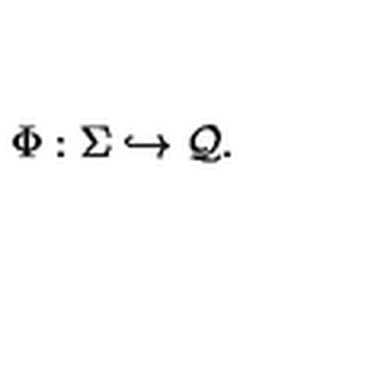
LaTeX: \Phi : \Sigma \hookrightarrow { \cal Q } .